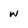
Character: w